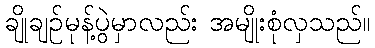
ချိုချဉ်မုန့်ပွဲမှာလည်း အမျိုးစုံလှသည်။